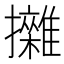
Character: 𢹼